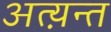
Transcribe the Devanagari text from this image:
अत्य़न्त